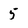
Character: 5